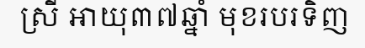
ស្រី អាយុ៣៧ឆ្នាំ មុខរបរទិញ